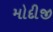
મોદીજી